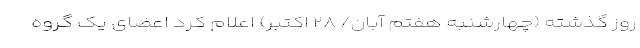
روز گذشته (چهارشنبه هفتم آبان/ ۲۸ اکتبر) اعلام کرد اعضای یک گروه